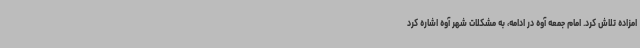
امزاده تلاش کرد. امام جمعه آوه در ادامه، به مشکلات شهر آوه اشاره کرد